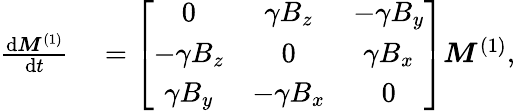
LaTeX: \begin{array}{rl}{\frac{\mathrm{d}\boldsymbol{M}^{(1)}}{\mathrm{d}t}}&{{}=\left[\begin{array}{ccc}{0}&{\gamma B_{z}}&{-\gamma B_{y}}\\ {-\gamma B_{z}}&{0}&{\gamma B_{x}}\\ {\gamma B_{y}}&{-\gamma B_{x}}&{0}\end{array}\right]\boldsymbol{M}^{(1)},}\end{array}